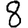
Digit: 8